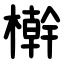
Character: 檊